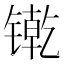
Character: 𲈕